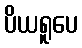
ပိယရူပေ